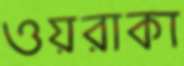
ওয়রাকা